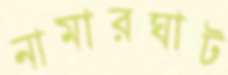
নামারঘাট